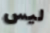
ليس